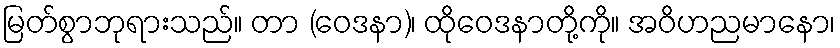
မြတ်စွာဘုရားသည်။ တာ (ဝေဒနာ)၊ ထိုဝေဒနာတို့ကို။ အဝိဟညမာနော၊